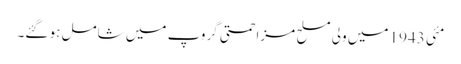
مئی 1943 میں ولی مسلح مزاحمتی گروپ میں شامل ہو گئے۔